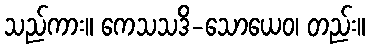
သည်ကား။ ကေသသဒိ-သောယေဝ၊ တည်း။